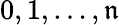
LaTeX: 0,1,\ldots,\mathfrak{n}